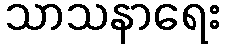
သာသနာရေး